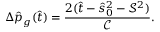
\Delta \hat { p } _ { g } ( \hat { t } ) = \frac { 2 ( \hat { t } - \hat { s } _ { 0 } ^ { 2 } - \mathcal { S } ^ { 2 } ) } { \mathcal { C } } .